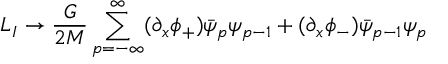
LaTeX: { \cal L } _ { I } \rightarrow \frac { G } { 2 M } \sum _ { p = - \infty } ^ { \infty } ( \partial _ { x } \phi _ { + } ) \bar { \psi } _ { p } \psi _ { p - 1 } + ( \partial _ { x } \phi _ { - } ) \bar { \psi } _ { p - 1 } \psi _ { p }